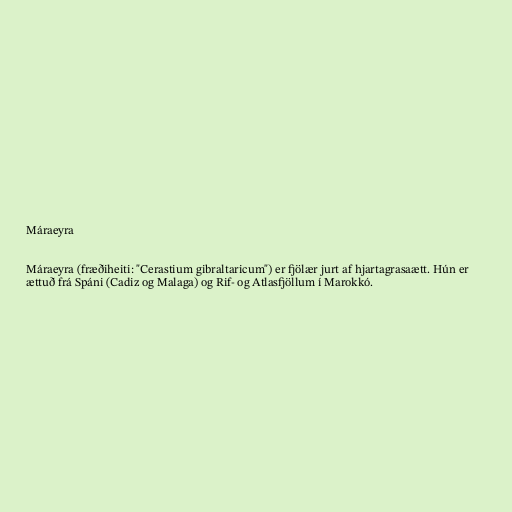
Máraeyra

Máraeyra (fræðiheiti: "Cerastium gibraltaricum") er fjölær jurt af hjartagrasaætt. Hún er
ættuð frá Spáni (Cadiz og Malaga) og Rif- og Atlasfjöllum í Marokkó.